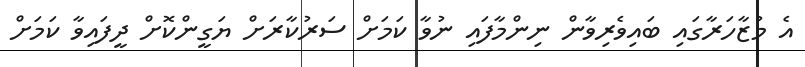
އެ މުޒާހަރާގައި ބައިވެރިވާން ނިންމާފައި ނުވާ ކަމަށް ސަރުކާރަށް ޔަގީންކޮށް ދީފައިވާ ކަމަށް